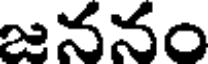
జననం